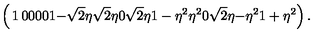
\left( \begin{matrix} { 1 } & { 0 } & { 0 } & { 0 } \\ { 0 } & { 1 } & { - \sqrt { 2 } \eta } & { \sqrt { 2 } \eta } \\ { 0 } & { \sqrt { 2 } \eta } & { 1 - \eta ^ { 2 } } & { \eta ^ { 2 } } \\ { 0 } & { \sqrt { 2 } \eta } & { - \eta ^ { 2 } } & { 1 + \eta ^ { 2 } } \\ \end{matrix} \right) .